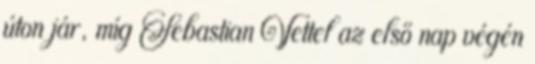
úton jár, míg Sebastian Vettel az első nap végén